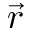
\vec { r }